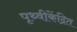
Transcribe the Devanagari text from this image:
पृथ्वीकेंद्रित